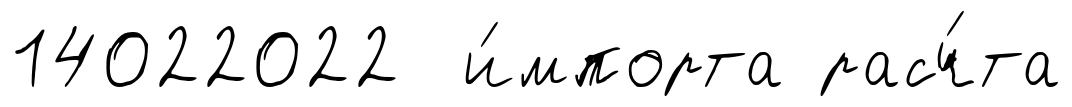
14022022 и́мпорта расч́та